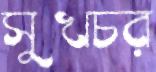
সুখচর